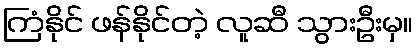
ကြံနိုင် ဖန်နိုင်တဲ့ လူဆီ သွားဦးမှ။